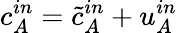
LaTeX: c_{A}^{in}=\tilde{c}_{A}^{in}+u_{A}^{in}